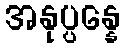
အနုပ္ပန္နေ